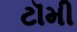
ટૉમી